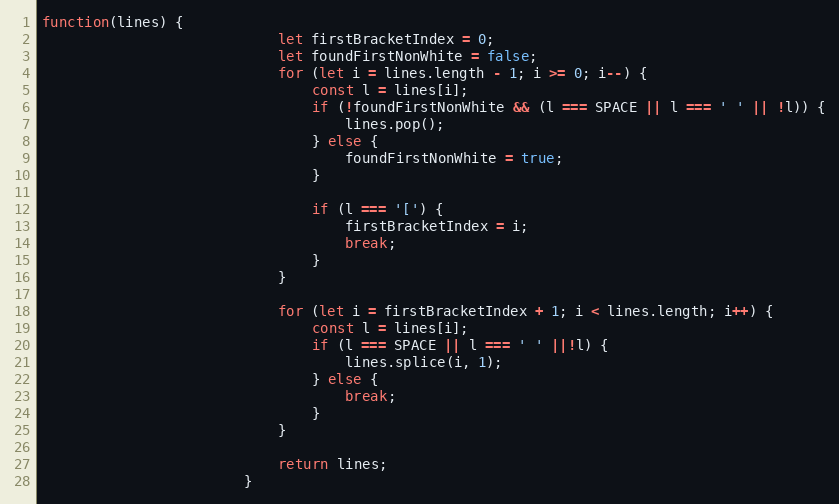
Language: JavaScript
function(lines) {
							let firstBracketIndex = 0;
							let foundFirstNonWhite = false;
							for (let i = lines.length - 1; i >= 0; i--) {
								const l = lines[i];
								if (!foundFirstNonWhite && (l === SPACE || l === ' ' || !l)) {
									lines.pop();
								} else {
									foundFirstNonWhite = true;
								}

								if (l === '[') {
									firstBracketIndex = i;
									break;
								}
							}

							for (let i = firstBracketIndex + 1; i < lines.length; i++) {
								const l = lines[i];
								if (l === SPACE || l === ' ' ||!l) {
									lines.splice(i, 1);
								} else {
									break;
								}
							}

							return lines;
						}